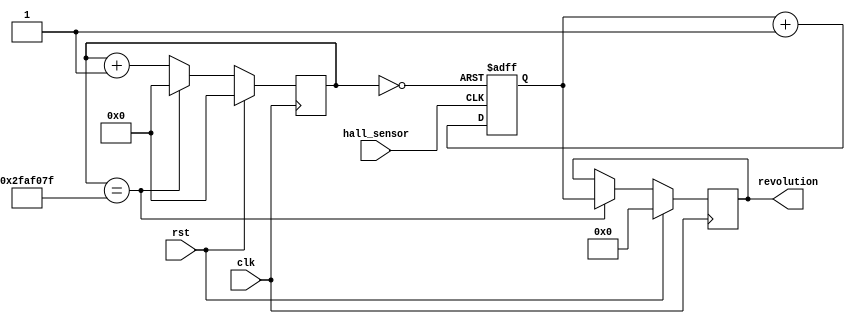
module speed_calculation 
#(parameter MAX_VALUE = 49_999_999)
(
	clk,
	rst,
	hall_sensor,
	revolution
);
	
	input clk;
	input rst;
	input hall_sensor;
	
	output [7:0] revolution;
	
	//wire enable;
	
	//assign enable = (HA & ~LA & ~HB & LB & ~LC);
	
	reg [25:0] count;
	wire max_count = (count == MAX_VALUE); //max_count = 49,999,999
	always @ (posedge clk)
		if(rst)
			count <= 26'h0;
		else if(max_count)
			count <= 26'h0;
		else
			count <= count + 26'h1;
	
	//counter mechanical cycles
	reg [7:0] mec_cycles = 8'h0;
	wire min_count = (count == 26'h0);
	always @ (posedge hall_sensor, posedge min_count)
		if(min_count)
			mec_cycles <= 8'h0;
		else
			mec_cycles <= mec_cycles + 8'h1;
	
	reg [7:0] D;
	always @ (posedge clk)
		if(rst)
			D <= 8'h0;
		else if(max_count)
			D <= mec_cycles;
			
	assign revolution = D;
endmodule